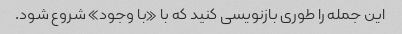
این جمله را طوری بازنویسی کنید که با «با وجود» شروع شود.